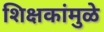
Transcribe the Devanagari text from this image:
शिक्षकांमुळे